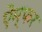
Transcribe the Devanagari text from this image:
ऐम्फर